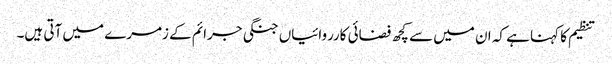
تنظیم کا کہنا ہے کہ ان میں سے کچھ فضائی کارروائیاں جنگی جرائم کے زمرے میں آتی ہیں۔